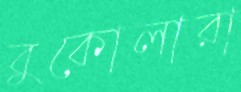
বুকোলারা